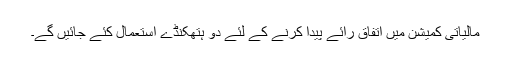
مالیاتی کمیشن میں اتفاق رائے پیدا کرنے کے لئے دو ہتھکنڈے استعمال کئے جائیں گے۔